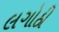
લગોઠી